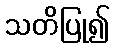
သတိပြု၍